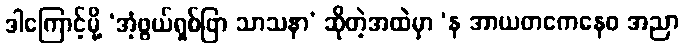
ဒါကြောင့်မို့ ‘အံ့ဖွယ်ရှစ်ဖြာ သာသနာ’ ဆိုတဲ့အထဲမှာ ‘န အာယတကေနေဝ အညာ